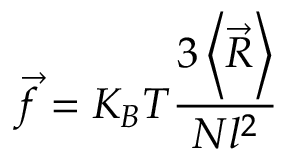
{ \vec { f } } = K _ { B } T { \frac { 3 \left\langle { \vec { R } } \right\rangle } { N l ^ { 2 } } }